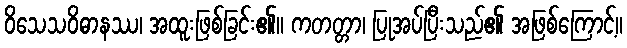
ဝိသေသဝိဓာနဿ၊ အထူးဖြစ်ခြင်း၏။ ကတတ္တာ၊ ပြုအပ်ပြီးသည်၏ အဖြစ်ကြောင့်။